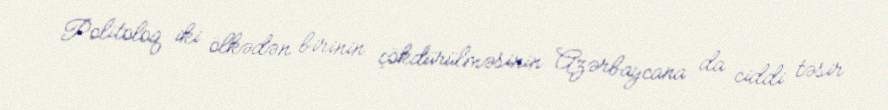
Politoloq iki ölkədən birinin çökdürülməsinin Azərbaycana da ciddi təsir